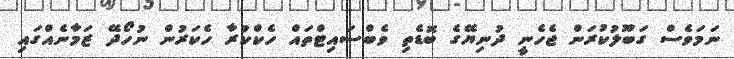
ނަމަވެސް ގަބޫލުކުރަން ޖެހެނީ ދުނިޔޭގެ ބޮޑެތި ވެބްސައިޓްތައް ހެކްކުރާ ހެކަރުން ނުހޯދޭ ޒަމާނެއްގައި